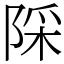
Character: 𨺉